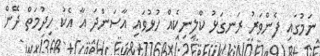
ނަމުގައި ފެންވަރު ރަނގަޅު ކްލިނިކެއް ހުޅުވައި އާސަންދަ އާ އެކު ހިދުމަތް ދޭން